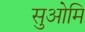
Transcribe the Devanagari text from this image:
सुओमि